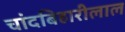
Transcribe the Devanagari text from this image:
चांदबिहारीलाल